Indian journal of veterinary science and animal husbandry - Volume 13,
Year: 1943
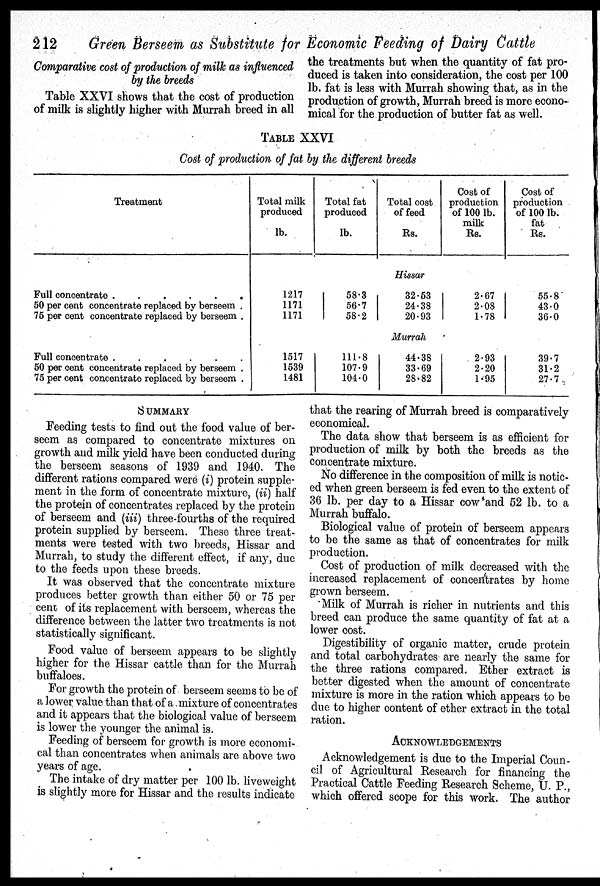
212
Green Berseem as Substitute for Economic Feeding of Dairy Cattle
Comparative cost of production of milk as influenced
by the breeds
Table XXVI shows that the cost of production
of milk is slightly higher with Murrah breed in all
the treatments but when the quantity of fat pro-
duced is taken into consideration, the cost per 100
lb. fat is less with Murrah showing that, as in the
production of growth, Murrah breed is more econo-
mical for the production of butter fat as well.
TABLE XXVI
Cost of production of fat by the different breeds
Treatment
Full concentrate . . . . . .
50 per cent concontrate replaced by berseem .
75 per cent concentrate replaced by berseem .
Full concentrate . . . . . .
50 per cent concentrate replaced by berseem .
75 per cent concentrate replaced by berseem .
Total milk
produced
lb.
Total fat
produced
lb.
Total cost
of feed
Rs.
Cost of
production
of 100 lb.
milk
Rs.
Cost of
production
of 100 lb.
fat
Rs.
Hissar
1217
1171
1171
58.3
56.7
58.2
32.53
24.38
20.93
2.67
2.08
1.78
55.8
43.0
36.0
Murrah
1517
1539
1481
111.8
107.9
104.0
44.38
33.69
28.82
2.93
2.20
1.95
39.7
31.2
27.7
SUMMARY
Feeding tests to find out the food value of ber-
seem as compared to concentrate mixtures on
growth and milk yield have been conducted during
the berseem seasons of 1939 and 1940. The
different rations compared were (i) protein supple-
ment in the form of concentrate mixture, (ii) half
the protein of concentrates replaced by the protein
of berseem and (iii) three-fourths of the required
protein supplied by berseem. These three treat-
ments were tested with two breeds, Hissar and
Murrah, to study the different effect, if any, due
to the feeds upon these breeds.
It was observed that the concentrate mixture
produces better growth than either 50 or 75 per
cent of its replacement with berseem, whereas the
difference between the latter two treatments is not
statistically significant.
Food value of berseem appears to be slightly
higher for the Hissar cattle than for the Murrah
buffaloes.
For growth the protein of berseem seems to be of
a lower value than that of a mixture of concentrates
and it appears that the biological value of berseem
is lower the younger the animal is.
Feeding of berseem for growth is more economi-
cal than concentrates when animals are above two
years of age.
The intake of dry matter per 100 lb. liveweight
is slightly more for Hissar and the results indicate
that the rearing of Murrah breed is comparatively
economical.
The data show that berseem is as efficient for
production of milk by both the breeds as the
concentrate mixture.
No difference in the composition of milk is notic-
ed when green berseem is fed even to the extent of
36 lb. per day to a Hissar cow and 52 lb. to a
Murrah buffalo.
Biological value of protein of berseem appears
to be the same as that of concentrates for milk
production.
Cost of production of milk decreased with the
increased replacement of concentrates by home
grown berseem.
Milk of Murrah is richer in nutrients and this
breed can produce the same quantity of fat at a
lower cost.
Digestibility of organic matter, crude protein
and total carbohydrates are nearly the same for
the three rations compared. Ether extract is
better digested when the amount of concentrate
mixture is more in the ration which appears to be
due to higher content of ether extract in the total
ration.
ACKNOWLEDGEMENTS
Acknowledgement is due to the Imperial Coun-
cil of Agricultural Research for financing the
Practical Cattle Feeding Research Scheme, U. P.,
which offered scope for this work. The author